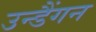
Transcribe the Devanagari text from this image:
उन्डैंगन